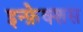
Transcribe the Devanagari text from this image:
इन्फ़ेक्शस